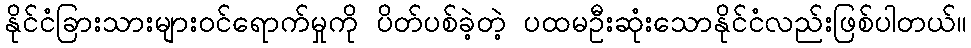
နိုင်ငံခြားသားများဝင်ရောက်မှုကို ပိတ်ပစ်ခဲ့တဲ့ ပထမဦးဆုံးသောနိုင်ငံလည်းဖြစ်ပါတယ်။